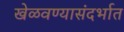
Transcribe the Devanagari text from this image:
खेळवण्यासंदर्भात